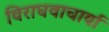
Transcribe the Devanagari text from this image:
विराघवाचार्या